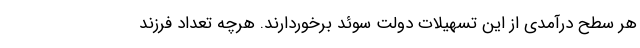
هر سطح درآمدی از این تسهیلات دولت سوئد برخوردارند. هرچه تعداد فرزند